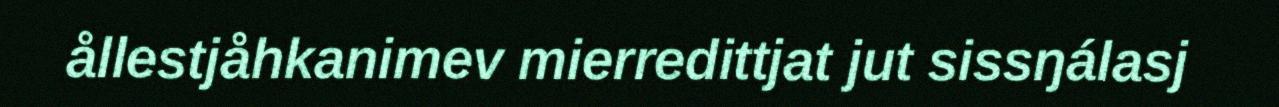
ållestjåhkanimev mierredittjat jut sissŋálasj